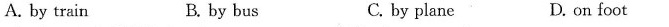
A. by train B. by bus C. by plane D.on foot